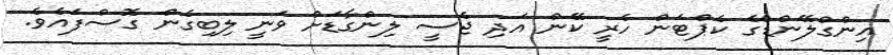
އިންގްލޭންޑްގެ ކެޕްޓަން ހެރީ ކޭން އަދި ޖެސީ ލިންގާޑަށް ވަނީ ލިބިގެން ގޮސްފައެވެ.